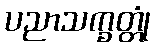
ပညာသက္ခတ္တုံ